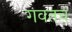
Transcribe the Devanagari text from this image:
गवतच